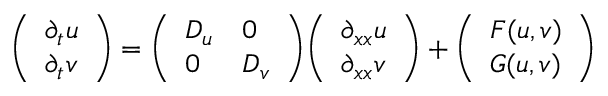
{ \left( \begin{array} { l } { \partial _ { t } u } \\ { \partial _ { t } v } \end{array} \right) } = { \left( \begin{array} { l l } { D _ { u } } & { 0 } \\ { 0 } & { D _ { v } } \end{array} \right) } { \left( \begin{array} { l } { \partial _ { x x } u } \\ { \partial _ { x x } v } \end{array} \right) } + { \left( \begin{array} { l } { F ( u , v ) } \\ { G ( u , v ) } \end{array} \right) }